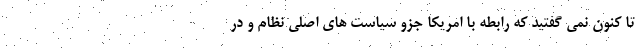
تا کنون نمی گفتید که رابطه با امریکا جزو سیاست های اصلی نظام و در